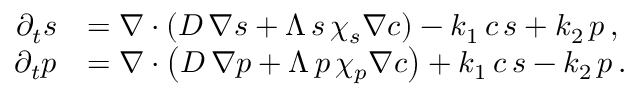
\begin{array} { r l } { \partial _ { t } s } & { = \boldsymbol \nabla \cdot \left( D \, \boldsymbol \nabla s + \Lambda \, s \, \chi _ { s } \boldsymbol \nabla c \right) - k _ { 1 } \, c \, s + k _ { 2 } \, p \, , } \\ { \partial _ { t } p } & { = \boldsymbol \nabla \cdot \left( D \, \boldsymbol \nabla p + \Lambda \, p \, \chi _ { p } \boldsymbol \nabla c \right) + k _ { 1 } \, c \, s - k _ { 2 } \, p \, . } \end{array}